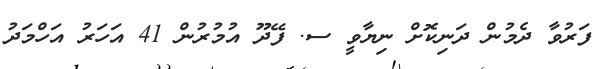
ފަރުވާ ދެމުން ދަނިކޮށް ނިޔާވީ ސ. ފޭދޫ އުމުރުން 41 އަހަރު އަހްމަދު